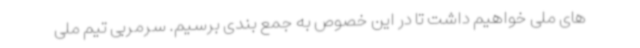
های ملی خواهیم داشت تا در این خصوص به جمع بندی برسیم. سرمربی تیم ملی